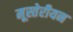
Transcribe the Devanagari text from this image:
मूस्तेरीयन